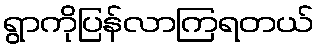
ရွာကိုပြန်လာကြရတယ်